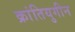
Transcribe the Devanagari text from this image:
क्रांतियुगीन